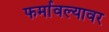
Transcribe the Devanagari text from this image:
फर्मावल्यावर